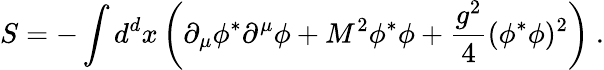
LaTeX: S=-\int d^{d}x\left(\partial_{\mu}\phi^{*}\partial^{\mu}\phi+M^{2}\phi^{*}\phi+\frac{g^{2}}{4}(\phi^{*}\phi)^{2}\right)\ .